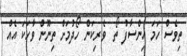
ތިވެސް ހަމަ އިންސާފު ތޯ  ވެރިކަން ހޯދުމަށް ތިނޫން ވާހަކަ އެއް